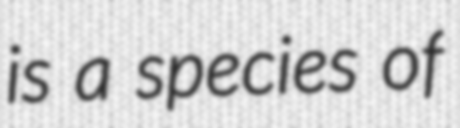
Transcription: is a species of